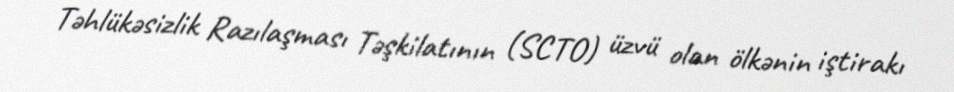
Təhlükəsizlik Razılaşması Təşkilatının (SCTO) üzvü olan ölkənin iştirakı